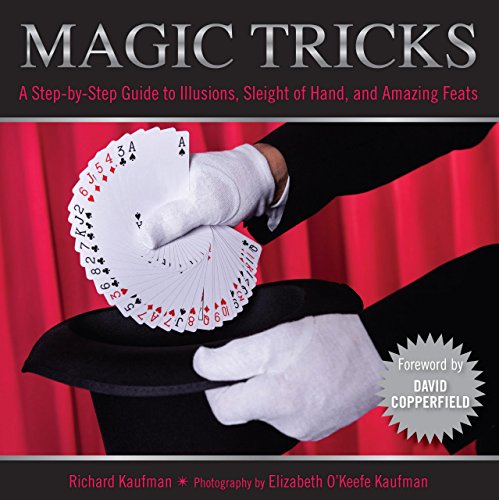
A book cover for Knack Magic Tricks: A Step-By-Step Guide To Illusions, Sleight Of Hand, And Amazing Feats (Knack: Make It Easy); Richard Kaufman; Humor & Entertainment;